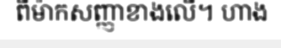
ពីម៉ាកសញ្ញាខាងលើ។ ហាង